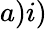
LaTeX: a)i)